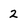
Character: 2